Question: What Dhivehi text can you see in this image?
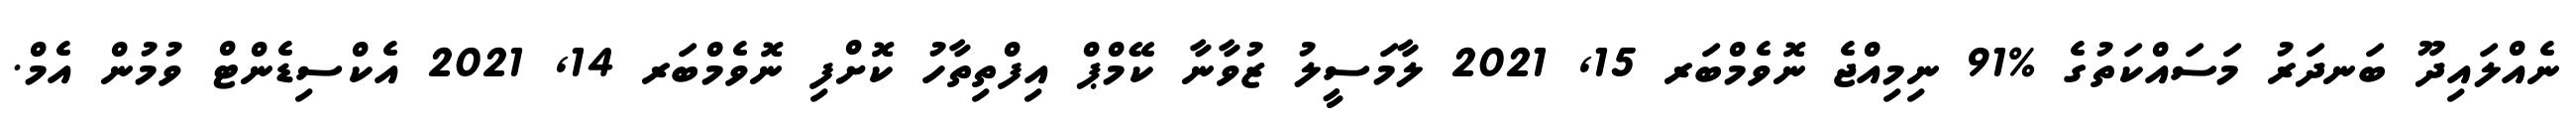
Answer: ނެއްލައިދޫ ބަނދަރު މަސައްކަތުގެ %91 ނިމިއްޖެ ނޮވެމްބަރ 15, 2021 ލާމަސީލު ޒުވާނާ ކޭމްޕް އިފްތިތާހު ކޮށްފި ނޮވެމްބަރ 14, 2021 އެކްސިޑެންޓް ވުމުން އެމް.